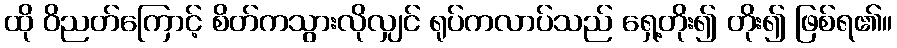
ထို ဝိညတ်ကြောင့် စိတ်ကသွားလိုလျှင် ရုပ်ကလာပ်သည် ရှေ့တိုး၍ တိုး၍ ဖြစ်ရ၏။